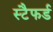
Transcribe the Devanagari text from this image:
स्टैफर्ड